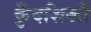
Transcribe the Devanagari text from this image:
कुँदशिखी